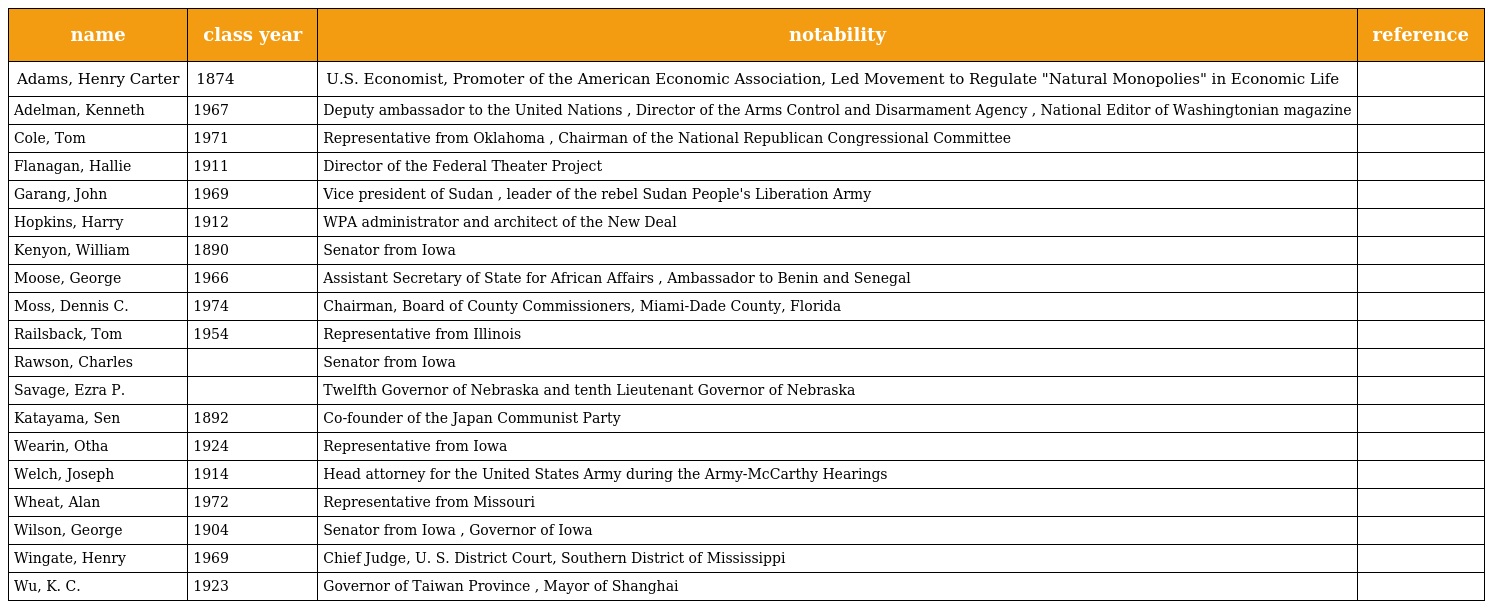
| name | class year | notability | reference |
 | --- | --- | --- | --- |
 | Adams, Henry Carter | 1874 | U.S. Economist, Promoter of the American Economic Association, Led Movement to Regulate "Natural Monopolies" in Economic Life |  |
 | Adelman, Kenneth | 1967 | Deputy ambassador to the United Nations , Director of the Arms Control and Disarmament Agency , National Editor of Washingtonian magazine |  |
 | Cole, Tom | 1971 | Representative from Oklahoma , Chairman of the National Republican Congressional Committee |  |
 | Flanagan, Hallie | 1911 | Director of the Federal Theater Project |  |
 | Garang, John | 1969 | Vice president of Sudan , leader of the rebel Sudan People's Liberation Army |  |
 | Hopkins, Harry | 1912 | WPA administrator and architect of the New Deal |  |
 | Kenyon, William | 1890 | Senator from Iowa |  |
 | Moose, George | 1966 | Assistant Secretary of State for African Affairs , Ambassador to Benin and Senegal |  |
 | Moss, Dennis C. | 1974 | Chairman, Board of County Commissioners, Miami-Dade County, Florida |  |
 | Railsback, Tom | 1954 | Representative from Illinois |  |
 | Rawson, Charles |  | Senator from Iowa |  |
 | Savage, Ezra P. |  | Twelfth Governor of Nebraska and tenth Lieutenant Governor of Nebraska |  |
 | Katayama, Sen | 1892 | Co-founder of the Japan Communist Party |  |
 | Wearin, Otha | 1924 | Representative from Iowa |  |
 | Welch, Joseph | 1914 | Head attorney for the United States Army during the Army-McCarthy Hearings |  |
 | Wheat, Alan | 1972 | Representative from Missouri |  |
 | Wilson, George | 1904 | Senator from Iowa , Governor of Iowa |  |
 | Wingate, Henry | 1969 | Chief Judge, U. S. District Court, Southern District of Mississippi |  |
 | Wu, K. C. | 1923 | Governor of Taiwan Province , Mayor of Shanghai |  |